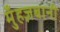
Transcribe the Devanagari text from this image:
मुँहज़बानी